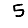
Digit: 5